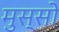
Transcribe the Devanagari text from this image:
मुस्सो